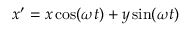
x ^ { \prime } = x \cos ( \omega t ) + y \sin ( \omega t )